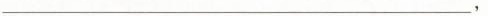
_.